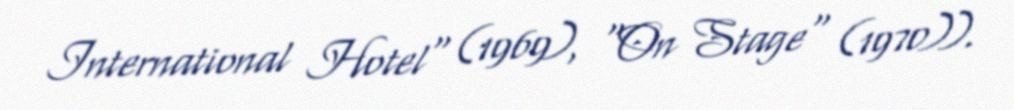
International Hotel" (1969), "On Stage" (1970)).